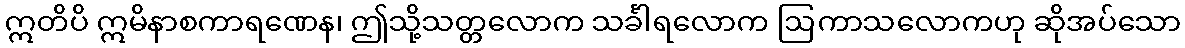
ဣတိပိ ဣမိနာစကာရဏေန၊ ဤသို့သတ္တလောက သင်္ခါရလောက ဩကာသလောကဟု ဆိုအပ်သော